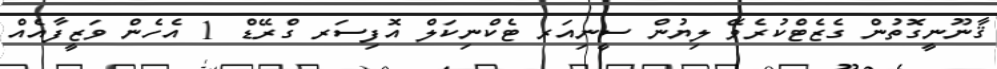
ޤާނޫނީގޮތުން ގެޒެޓްކުރެވޭ ލިޔުން ސީނިއަރ ޓެކްނިކަލް އޮފިސަރ ގްރޭޑް 1 އެހެން ވަޒީފާއެއް